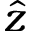
\hat { z }